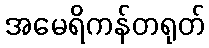
အမေရိကန်တရုတ်